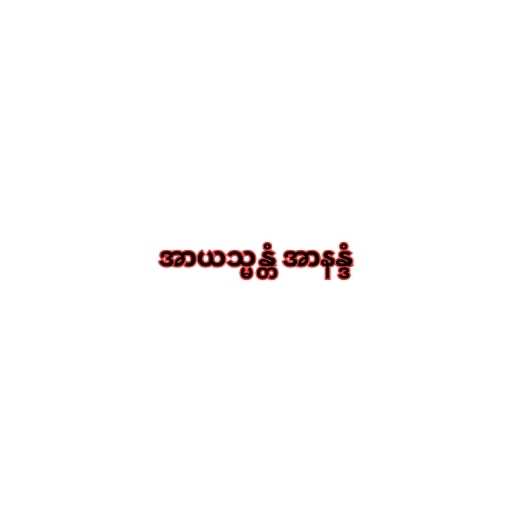
အာယသ္မန္တံ အာနန္ဒံ